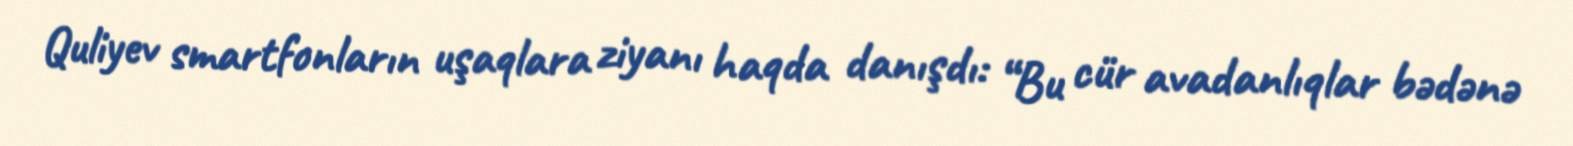
Quliyev smartfonların uşaqlara ziyanı haqda danışdı: “Bu cür avadanlıqlar bədənə